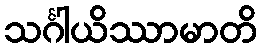
သင်္ဂါယိဿာမာတိ